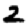
Digit: 2